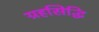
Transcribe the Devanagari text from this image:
ग्रहसिद्धि